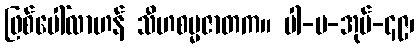
ဖြစ်ပေါ်လာဟန် သီဟစမ္မဇာတက။ ပါ-ပ-အုပ်-၄၉၊